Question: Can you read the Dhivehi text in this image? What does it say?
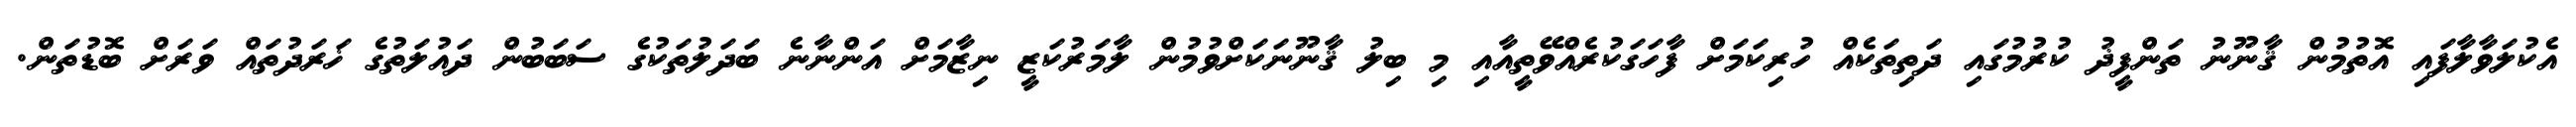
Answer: އެކުލަވާލާފައި އޮތުމުން ޤާނޫނު ތަންފީޛު ކުރުމުގައި ދަތިތަކެއް ހުރިކަމަށް ފާހަގަކުރެއްވޭތީއާއި މި ބިލު ޤާނޫނަކަށްވުމުން ލާމަރުކަޒީ ނިޒާމަށް އަންނާނެ ބަދަލުތަކުގެ ސަބަބުން ދައުލަތުގެ ޚަރަދުތައް ވަރަށް ބޮޑުތަން.